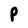
Character: P